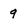
Character: 9